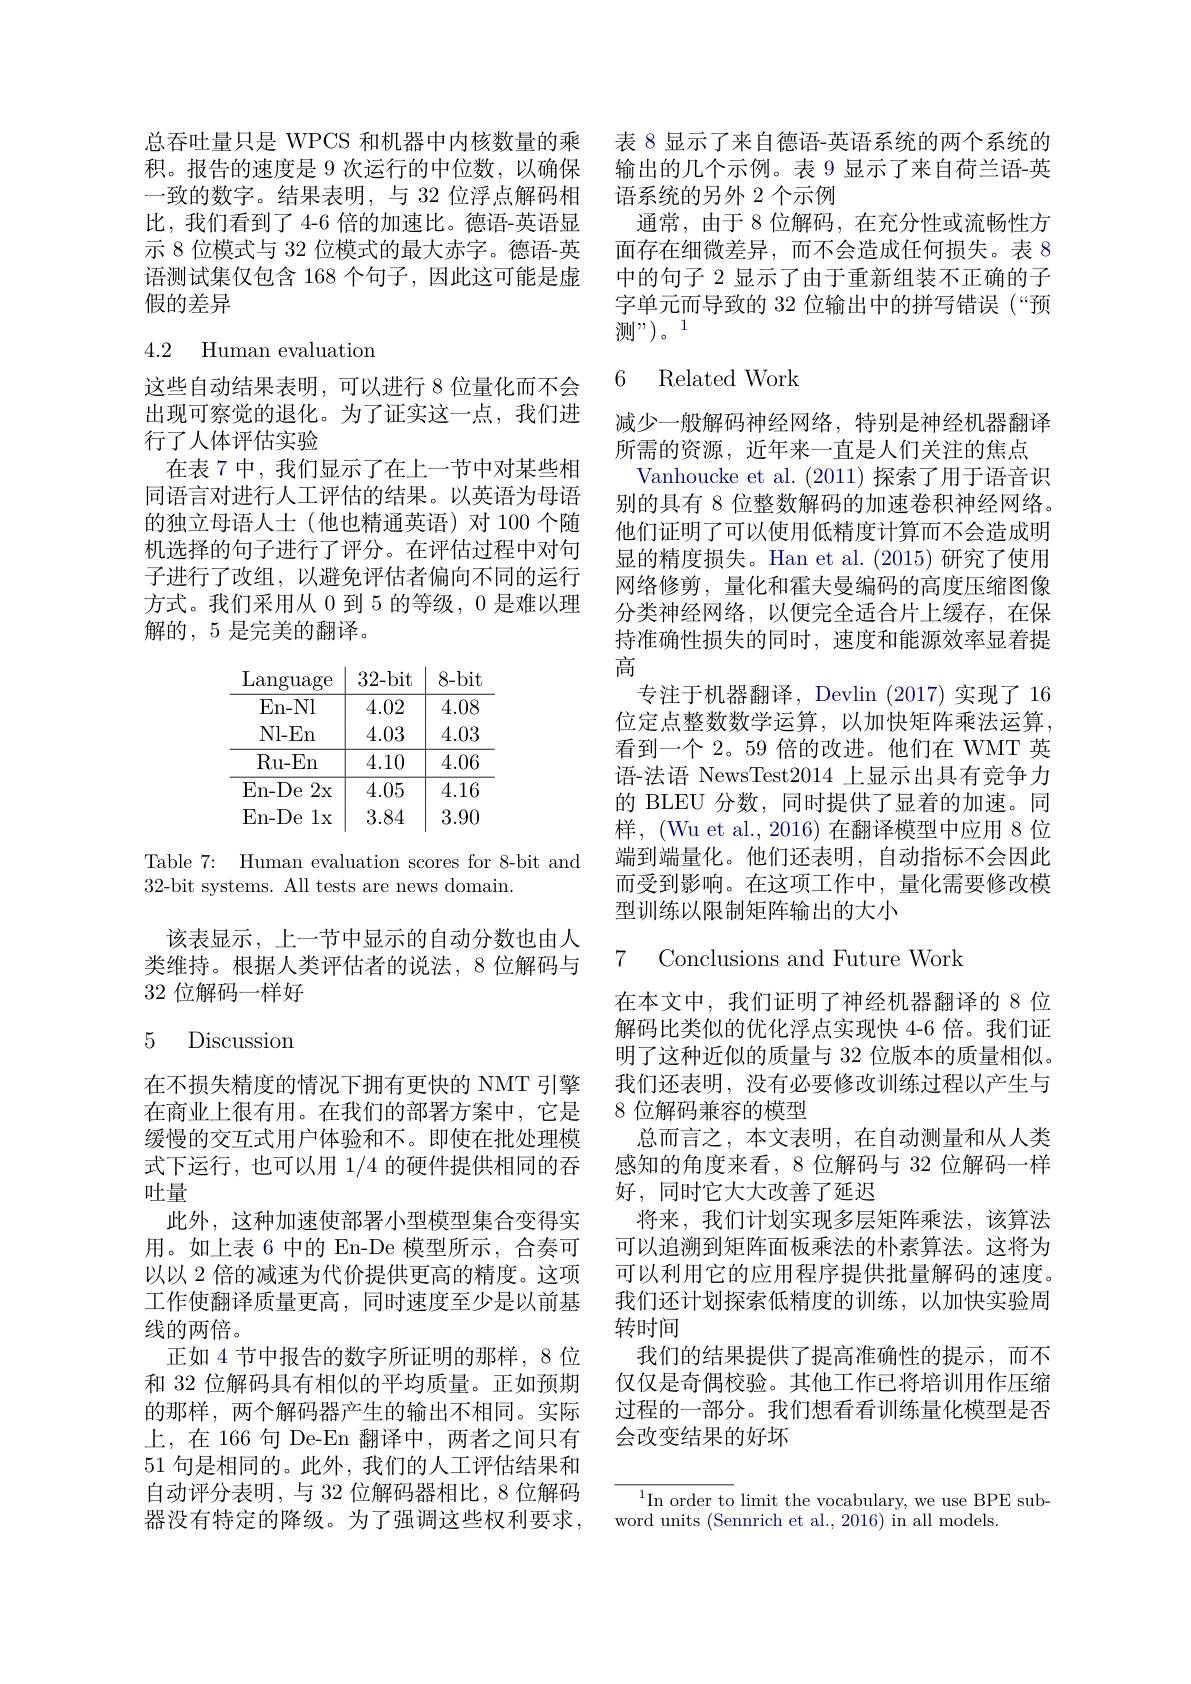
总吞吐量只是 WPCS 和机器中内核数量的乘 表 8 显示了来自德语-英语系统的两个系统的积。报告的速度是 9 次运行的中位数，以确保 输出的几个示例。表 9 显示了来自荷兰语-英一致的数字。结果表明，与 32 位浮点解码相 语系统的另外 2 个示例
比，我们看到了 4-6 倍的加速比。德语-英语显示 8 位模式与 32 位模式的最大赤字。德语-英语测试集仅包含 168 个句子，因此这可能是虚假的差异

## 4.2 Human evaluation

这些自动结果表明，可以进行 8 位量化而不会出现可察觉的退化。为了证实这一点，我们进行了人体评估实验
在表 7 中，我们显示了在上一节中对某些相同语言对进行人工评估的结果。以英语为母语的独立母语人士(他也精通英语)对 100 个随机选择的句子进行了评分。在评估过程中对句子进行了改组，以避免评估者偏向不同的运行方式。我们采用从 0 到 5 的等级，0 是难以理解的，5 是完美的翻译。

Table 7: Human evaluation scores for 8-bit and
32-bit systems. All tests are news domain.

该表显示，上一节中显示的自动分数也由人类维持。根据人类评估者的说法，8 位解码与32 位解码一样好

### 5 Discussion

在不损失精度的情况下拥有更快的 NMT 引擎在商业上很有用。在我们的部署方案中，它是缓慢的交互式用户体验和不。即使在批处理模式下运行，也可以用1/4的硬件提供相同的吞吐量
此外，这种加速使部署小型模型集合变得实用。如上表 6 中的 En-De 模型所示，合奏可以以 2 倍的减速为代价提供更高的精度。这项工作使翻译质量更高，同时速度至少是以前基线的两倍。
正如 4 节中报告的数字所证明的那样，8 位和 32 位解码具有相似的平均质量。正如预期的那样，两个解码器产生的输出不相同。实际上，在 166 句 De-En 翻译中，两者之间只有51 句是相同的。此外，我们的人工评估结果和自动评分表明，与 32 位解码器相比，8 位解码器没有特定的降级。为了强调这些权利要求，

通常，由于 8 位解码，在充分性或流畅性方面存在细微差异，而不会造成任何损失。表 8中的句子 2 显示了由于重新组装不正确的子字单元而导致的 32 位输出中的拼写错误 (“预测”)。1

## 6 Related Work

减少一般解码神经网络，特别是神经机器翻译
所需的资源，近年来一直是人们关注的焦点
Vanhoucke et al. (2011) 探索了用于语音识别的具有 8 位整数解码的加速卷积神经网络。他们证明了可以使用低精度计算而不会造成明显的精度损失。Han et al.(2015) 研究了使用网络修剪，量化和霍夫曼编码的高度压缩图像分类神经网络，以便完全适合片上缓存，在保持准确性损失的同时，速度和能源效率显着提高
专注于机器翻译，Devlin (2017)实现了 16位定点整数数学运算，以加快矩阵乘法运算， 看到一个 2。59 倍的改进。他们在 WMT 英语-法语 NewsTest2014上显示出具有竞争力的 BLEU 分数，同时提供了显着的加速。同样，(Wu et al., 2016) 在翻译模型中应用 8 位端到端量化。他们还表明，自动指标不会因此而受到影响。在这项工作中，量化需要修改模型训练以限制矩阵输出的大小

7 Conclusions and Future Work

在本文中，我们证明了神经机器翻译的 8 位解码比类似的优化浮点实现快 4-6 倍。我们证明了这种近似的质量与 32 位版本的质量相似。我们还表明，没有必要修改训练过程以产生与8 位解码兼容的模型
总而言之，本文表明，在自动测量和从人类感知的角度来看，8 位解码与 32 位解码一样好，同时它大大改善了延迟
将来，我们计划实现多层矩阵乘法，该算法可以追溯到矩阵面板乘法的朴素算法。这将为可以利用它的应用程序提供批量解码的速度。我们还计划探索低精度的训练，以加快实验周转时间
我们的结果提供了提高准确性的提示，而不仅仅是奇偶校验。其他工作已将培训用作压缩过程的一部分。我们想看看训练量化模型是否会改变结果的好坏

$^{1}$In order to limit the vocabulary, we use BPE sub-
word units (Sennrich et al., 2016) in all models.